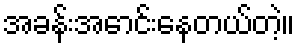
အခန်းအောင်းနေတယ်တဲ့။